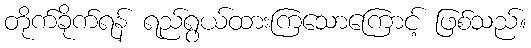
တိုက်ခိုက်ရန် ရည်ရွယ်ထားကြသောကြောင့် ဖြစ်သည်။